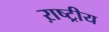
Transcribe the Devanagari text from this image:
ऱाष्ट्रीय